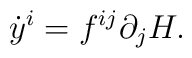
{\dot{y}}^i = f^{ij} \partial_j H.